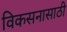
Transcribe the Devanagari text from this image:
विकसनासाठी